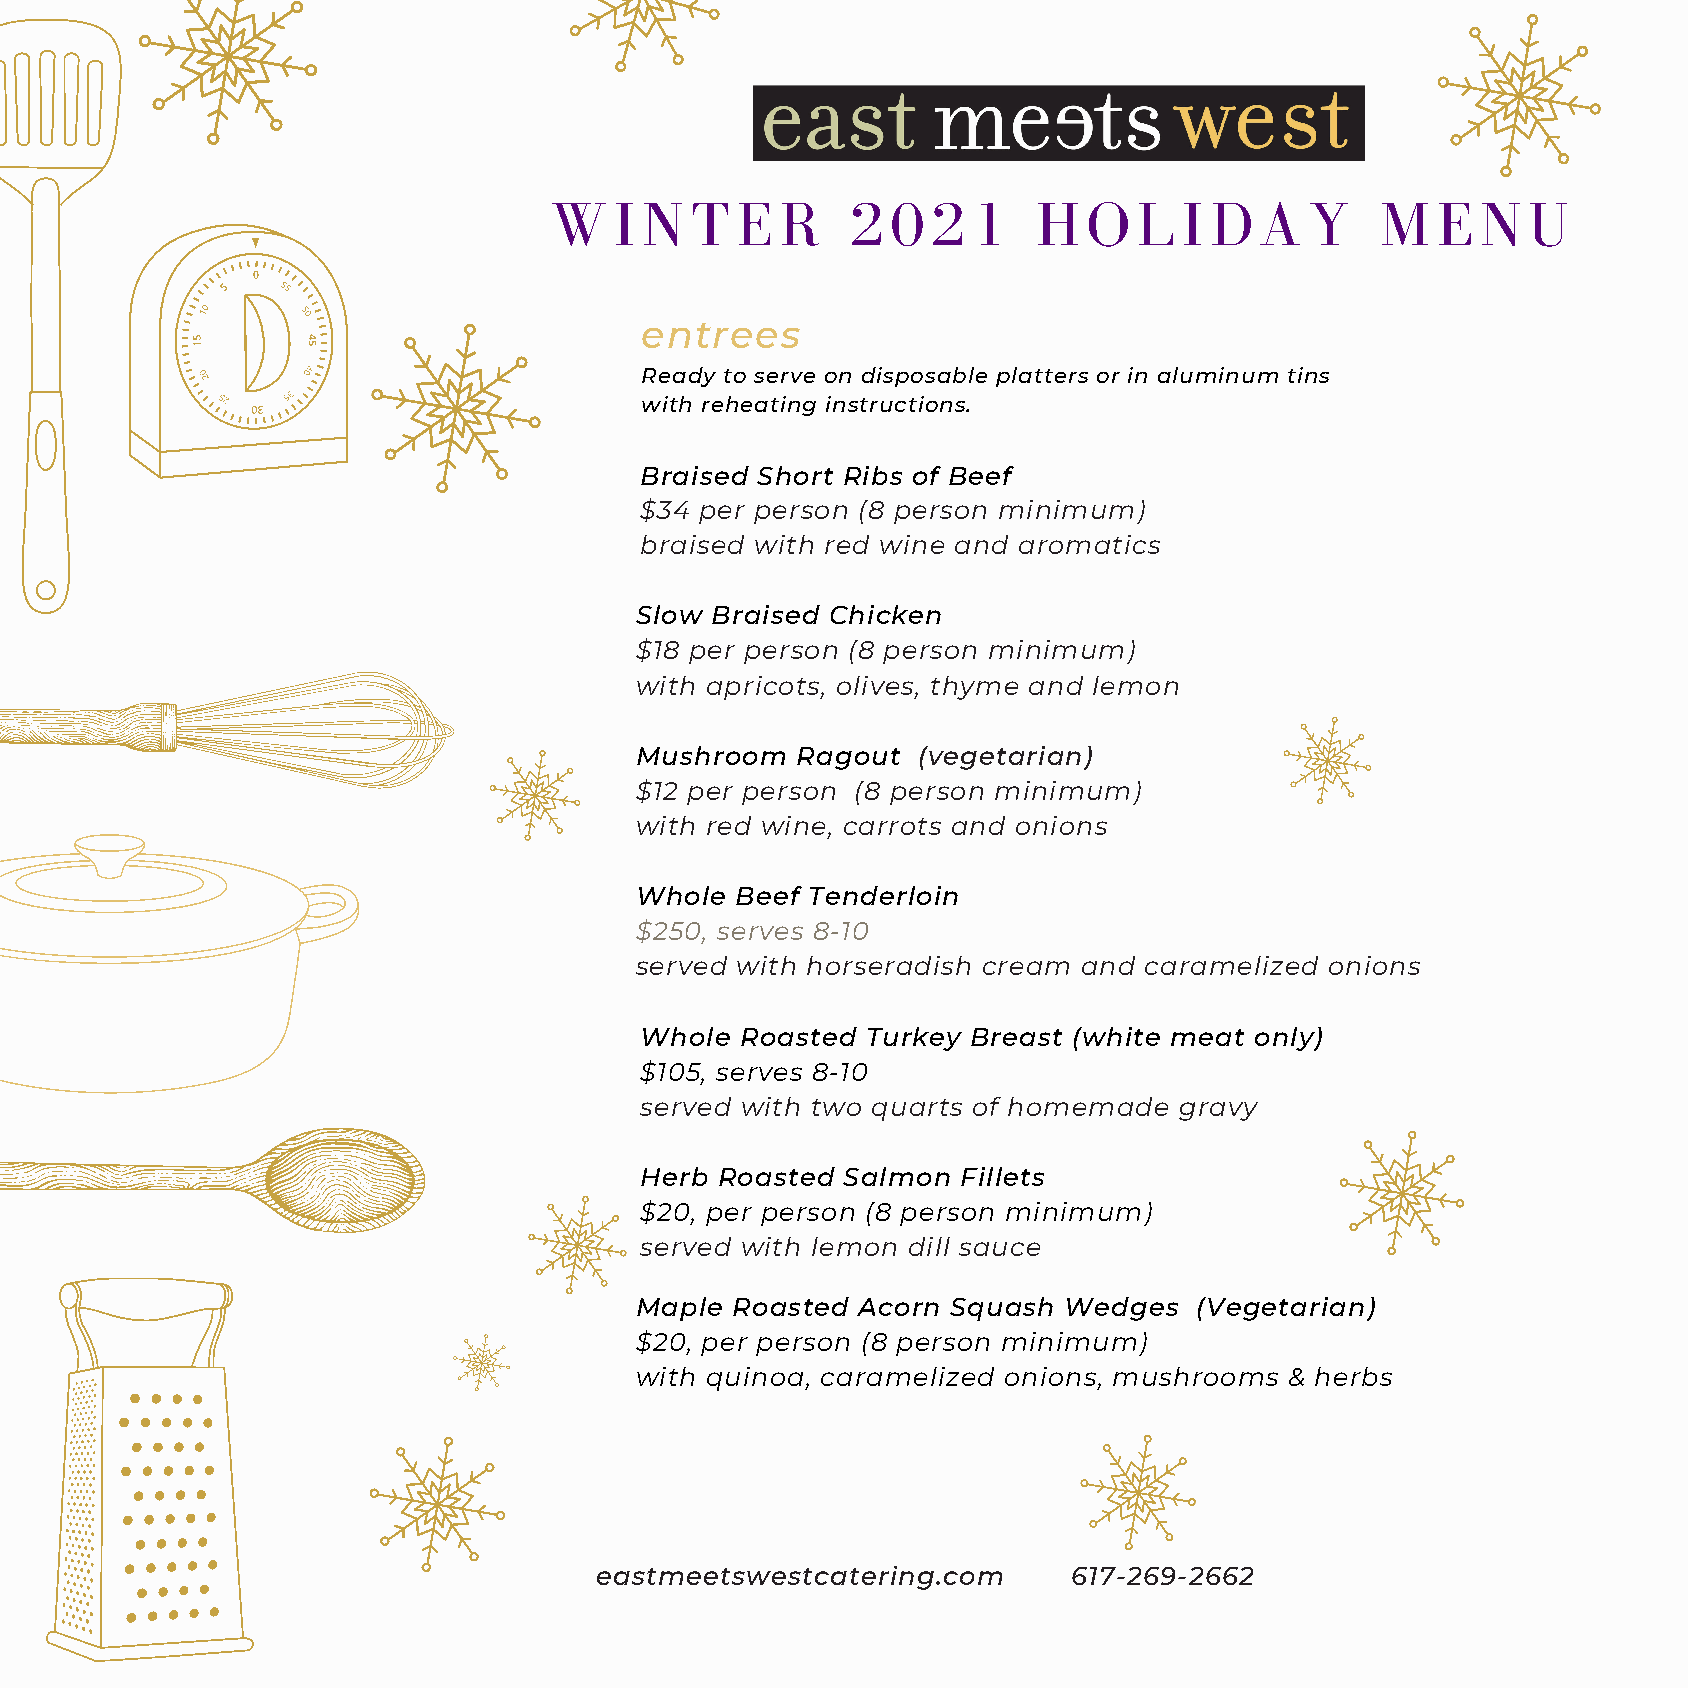
W    I N  T  E  R   2  0  2 1    H  O  L  I D  A   Y   M   E  N  U
 entrees
 Ready to serve on disposable platters or in aluminum tins
 with reheating instructions.
 Braised Short Ribs of Beef
 $34 per person (8 person minimum)
 braised with red wine and aromatics
 Slow Braised Chicken
 $18 per person (8 person minimum)
 with apricots, olives, thyme and lemon
 Mushroom   Ragout  (vegetarian)
 $12 per person (8 person minimum)
 with red wine, carrots and onions
 Whole  Beef Tenderloin
 $250, serves 8-10
 served with horseradish cream and caramelized onions
 Whole  Roasted Turkey Breast (white meat only)
 $105, serves 8-10
 served with two quarts of homemade  gravy
 Herb Roasted  Salmon  Fillets
 $20, per person (8 person minimum)
 served with lemon dill sauce
 Maple Roasted  Acorn Squash Wedges   (Vegetarian)
 $20, per person (8 person minimum)
 with quinoa, caramelized onions, mushrooms & herbs
 eastmeetswestcatering.com       617-269-2662
 T EASTMEE